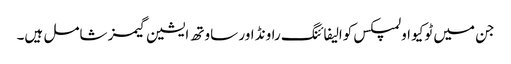
جن میں ٹوکیو اولمپکس کوالیفائنگ راونڈ اور ساوتھ ایشین گیمز شامل ہیں۔